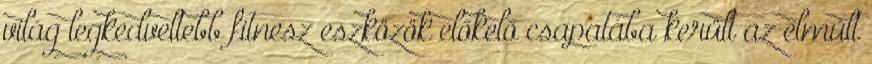
világ legkedveltebb fitnesz eszközök előkelő csapatába került az elmúlt